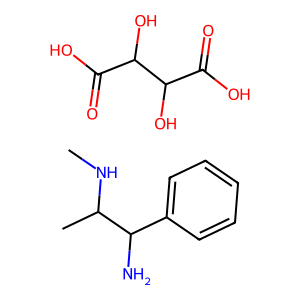
SMILES: CNC(C)C(N)c1ccccc1.O=C(O)C(O)C(O)C(=O)O
Inhibits HIV replication: No